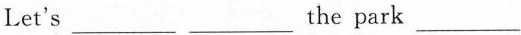
Let's___ ___the park ___